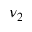
\nu _ { 2 }